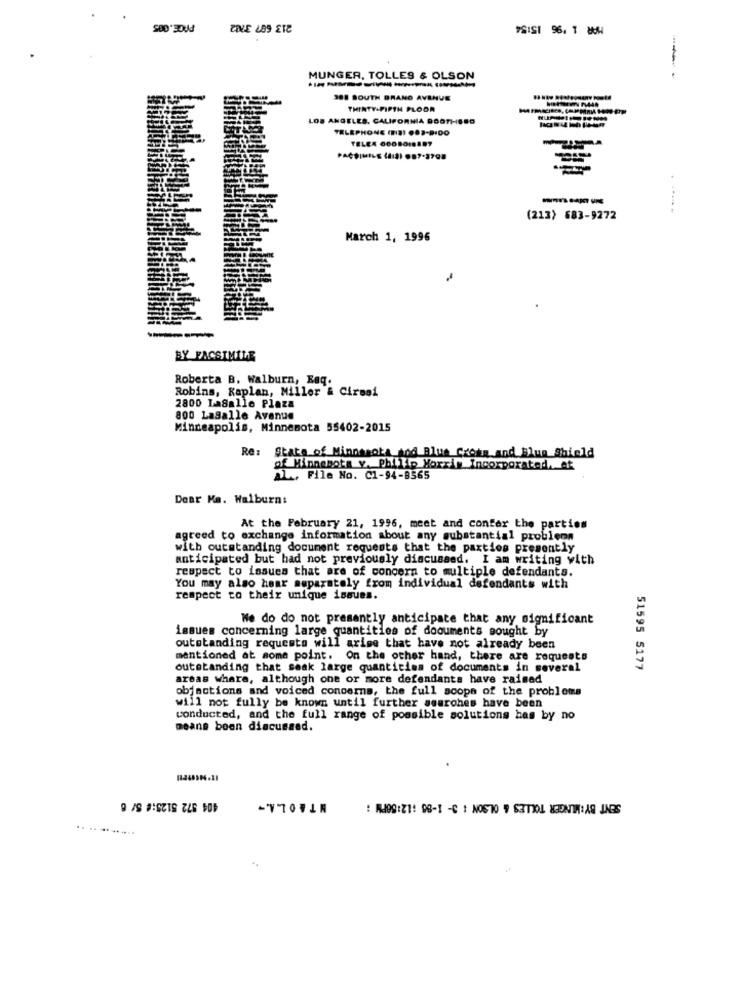
POVE 289 E18
PSISI 96. T &W
---
MUNGER, TOLLES & OLSON
--------
388 SOUTH BRANO AVENUE
THIRTY-PIPTH FLOOR
LOS ANGELES, CALIFORNIA BOOTHSSO
TELEPHONE (BIS) 082-9:DO
TELEX 6008010807
---
(213) 683-9272
March 1, 1996
BY FACSIMILE
Roberta B. Walburn, Req.
Robins, Kaplan, Miller & Ciresi
2800 LaSalle Plaza
800 Lasalle Avenue
Minneapolis, Minnesota 55402-2015
Re: State of Minnesota and Blue Green and Blue Shield
of Minnesota v. Philip Morris Incorporated. of
AL ., File No. C1-94-8565
Dear Ma. Walburns
At the February 21, 1996, meet and confer the parties
agreed to exchange information about any substantial problems
with outstanding document requests that the parties presently
anticipated but had not previously discussed. I am writing with
respect to issues that are of concern to multiple defendants.
You may also hear separately from individual defendants with
respect to their unique issues.
Ne do do not presently anticipate that any significant
issues concerning large quantities of documents sought by
outstanding requests will arime that have not already been
mentioned at some point. On the other hand, there are requests
outstanding that seak large quantities of documents in several
51595 5177
areas where, although one or more defendants have raised
objmotions and voiced concerns, the full scope of the problems
will not fully be known until further searches have been
conducted, and the full range of possible solutions has by no
means been discussed.
404 572 5125:# 5/ 6
NT&OLA .-
: MJOG:21: 98-1 -C : NOSTO # S3TIOL XEONTA: AQ INGS